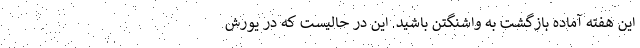
این هفته آماده بازگشت به واشنگتن باشید. این در حالیست که در یورش